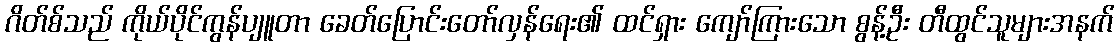
ဂိတ်စ်သည် ကိုယ်ပိုင်ကွန်ပျူတာ ခေတ်ပြောင်းတော်လှန်ရေး၏ ထင်ရှား ကျော်ကြားသော စွန့်ဦး တီထွင်သူများအနက်